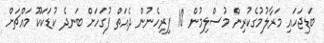
ބަޑިޖަހައި މަރާލުމުގެކުރިން މުސްލިމުން 10 ފިރިހެނުން ދެއަތް ފުގަހަށް ބަނދެ ކުޑަކަކޫ މައްޗަށް